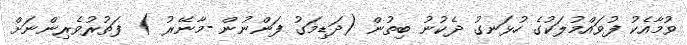
ވުމާއެކު ފުވައްމުލަކުގެ ހުޅަނގު ދެކުނު ބިތުން (ދަޑިމަގު ފަންނުން -މާނޭރު ) ފަތުރުވެރިންނަށް